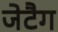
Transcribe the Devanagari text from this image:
जेटैग